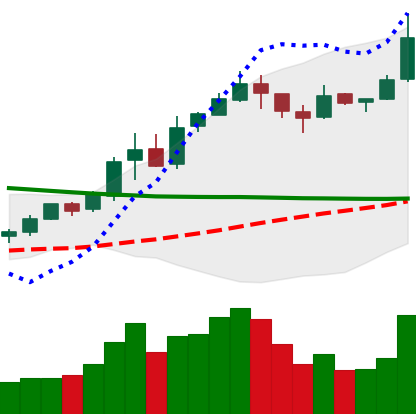
Ticker: BNB-USD
Chart end date: 2019-02-19
Forward return: -4.26%
Label: down_3_5